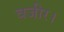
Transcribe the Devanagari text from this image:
वजीर।